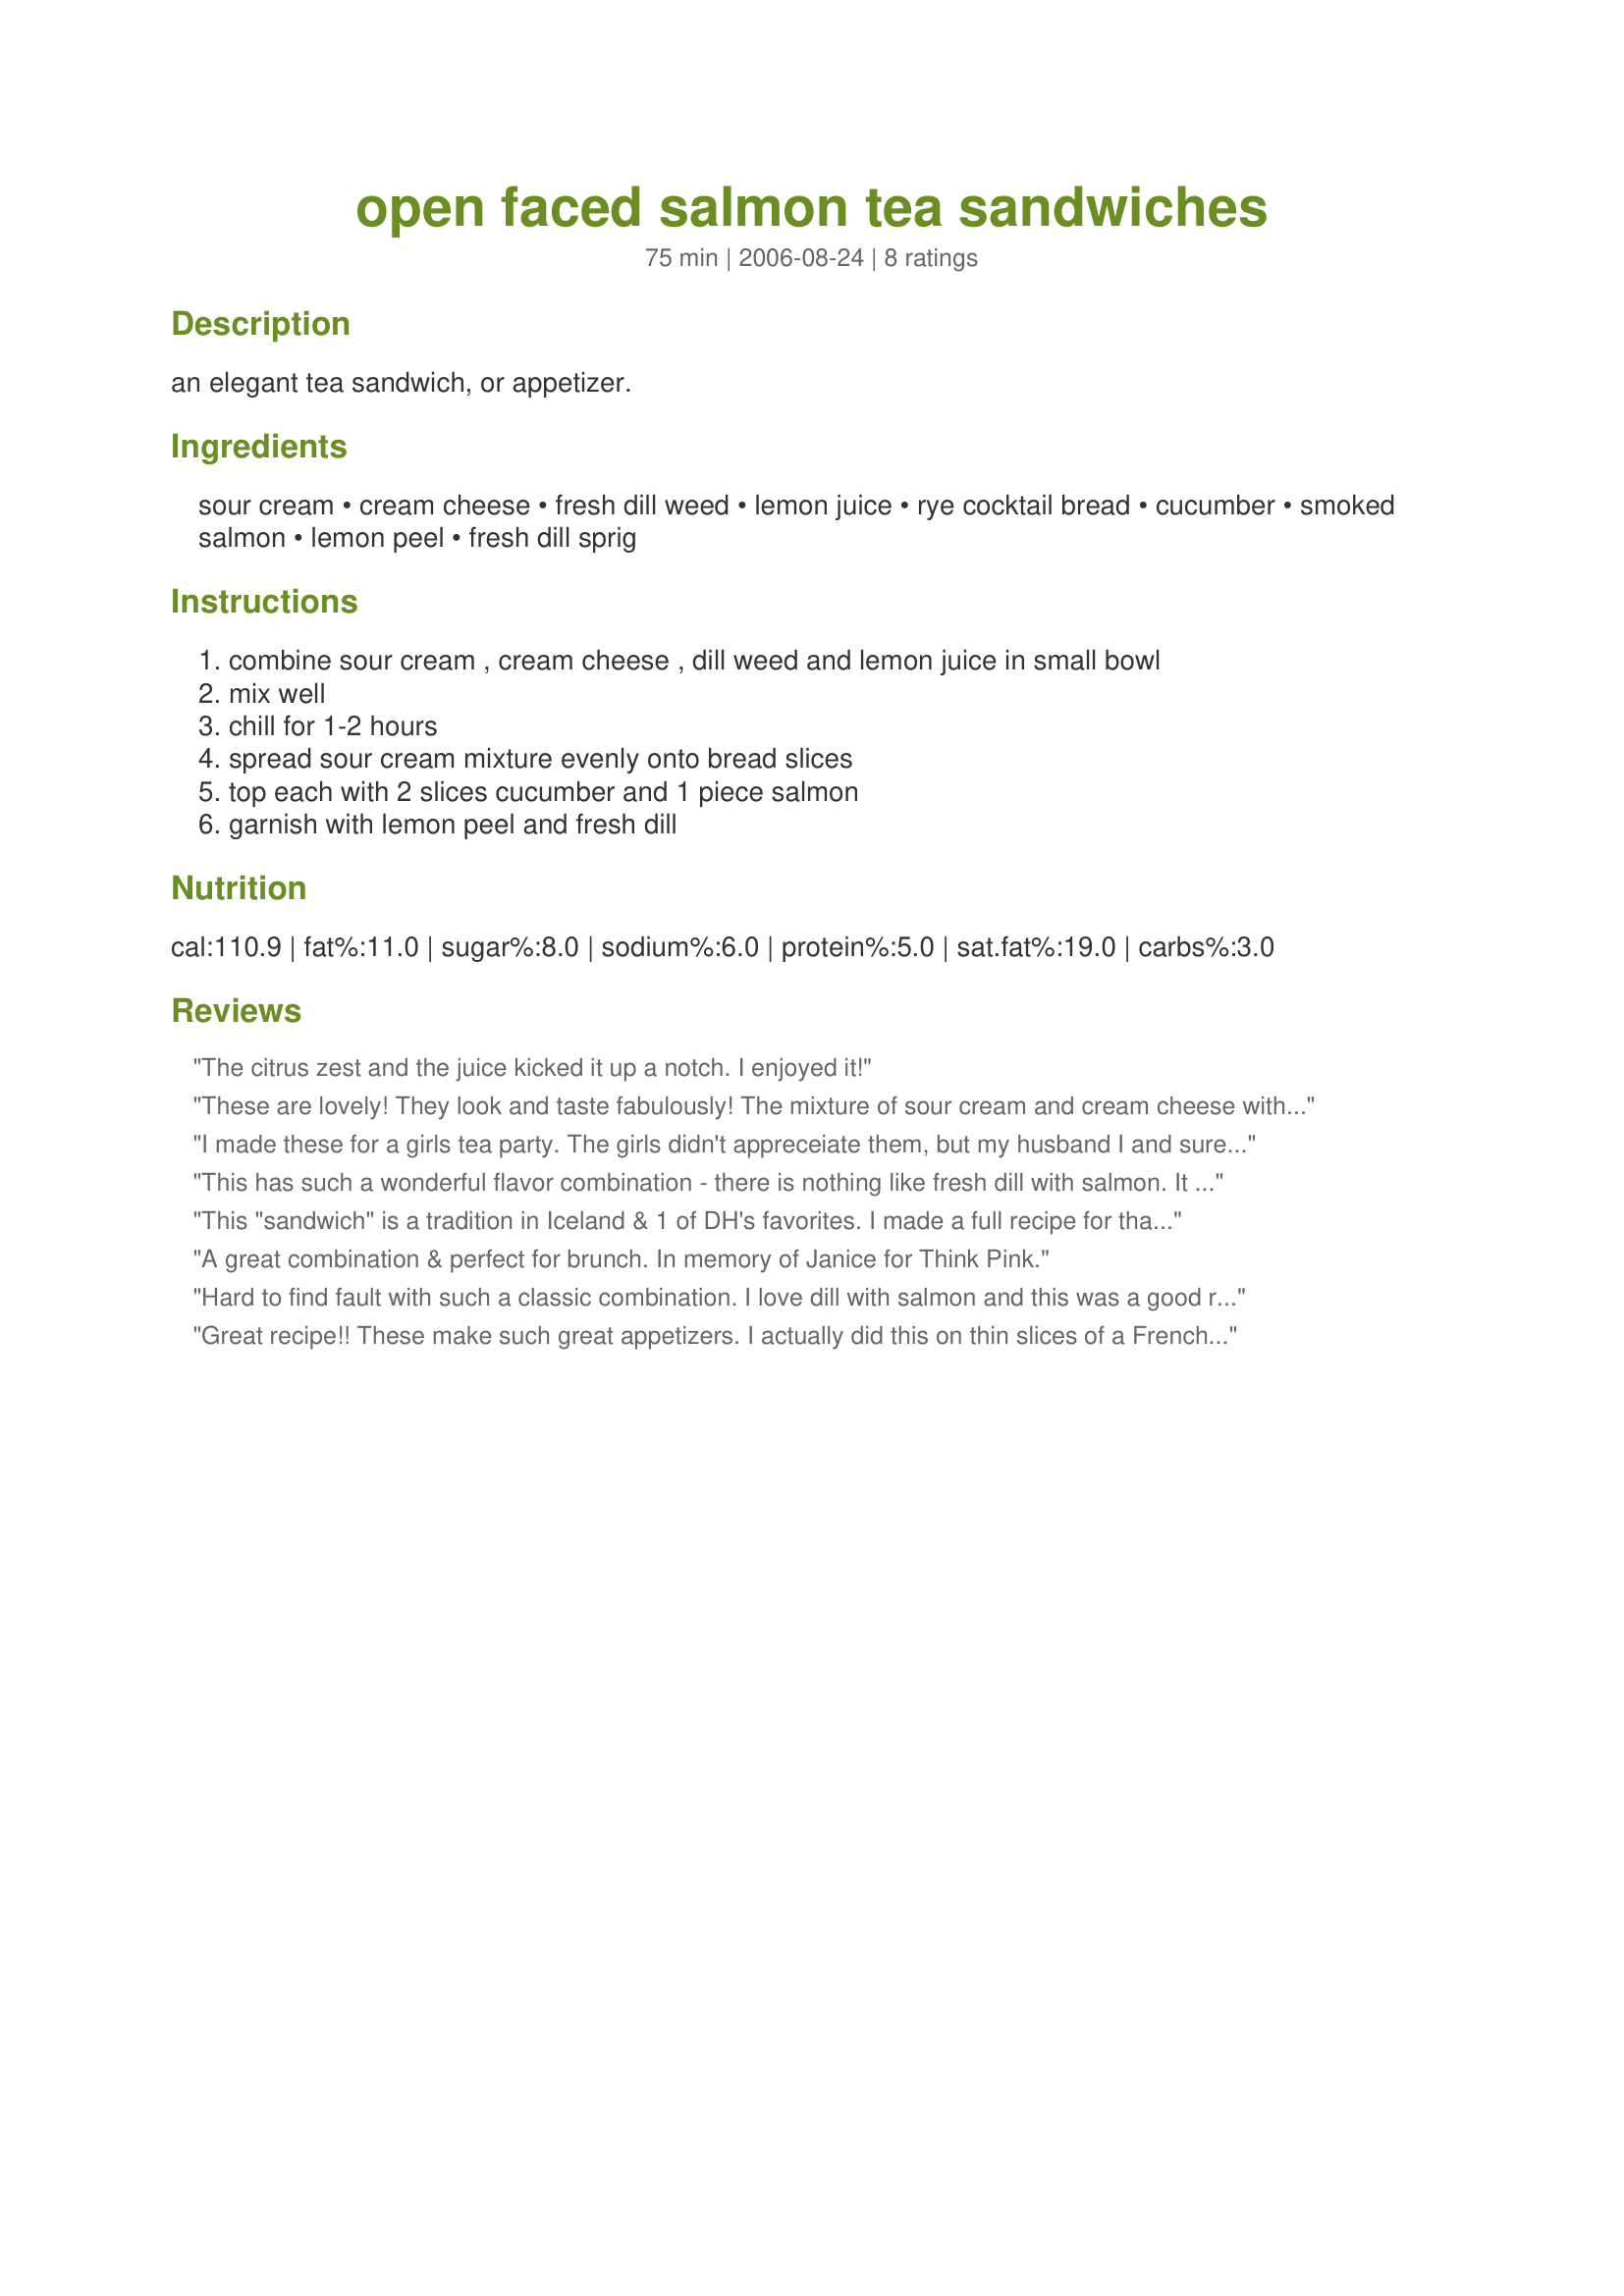
open faced salmon tea sandwiches
Preparation time: 75 minutes

an elegant tea sandwich, or appetizer.

Ingredients:
sour cream, cream cheese, fresh dill weed, lemon juice, rye cocktail bread, cucumber, smoked salmon, lemon peel, fresh dill sprig

Steps:
combine sour cream , cream cheese , dill weed and lemon juice in small bowl, mix well, chill for 1-2 hours, spread sour cream mixture evenly onto bread slices, top each with 2 slices cucumber and 1 piece salmon, garnish with lemon peel and fresh dill

Reviews:
The citrus zest and the juice kicked it up a notch. I enjoyed it!
These are lovely! They look and taste fabulously! The mixture of sour cream and cream cheese with the dill gives it a cooling taste. Then the cucumber and smoked salmon finish it off. I was going to post this when I saw yours. Thank you for posting Nick's Mom. 
Diane
I made these for a girls tea party. The girls didn't appreceiate them, but my husband I and sure liked them!
This has such a wonderful flavor combination - there is nothing like fresh dill with salmon. It was delicate yet flavorful, and I will definitely be making this again, even if only as a snack for me! Made for the Daffy Daffodils of ZWT4.
This "sandwich" is a tradition in Iceland & 1 of DH's favorites. I made a full recipe for that reason & used our own salmon that he caught & had smoked. The softened cream cheese, sour cream & lemon juice mix lacked a spread consistency when 1st made, but refrigerating it for 2 hrs allowed the flavors to blend & the cream cheese to regain a spread texture. This is the 2nd of its genre I have made in recent wks, but I found the addition of the cucumber slices esp welcome for their crunch & visual presentation. I had to use dried dill, but did add freshly snipped chives to the top. DH was happy! He started & ended his welcome home dinner w/your recipes. Both were winners for us! Thx for posting.
A great combination & perfect for brunch. In memory of Janice for Think Pink.
Hard to find fault with such a classic combination. I love dill with salmon and this was a good recipe. I used fat free cream cheese and reduced fat sour cream and everything firmed up fine with the chilling time. Made for ZWT4.
Great recipe!! These make such great appetizers. I actually did this on thin slices of a French baguette. Beautiful presentation! Made for the Babes of ZWT4.
